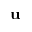
\mathbf { u }